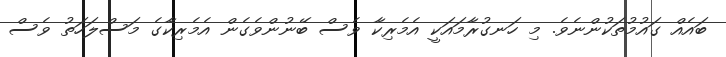
ބައެއް ގައުމުތަކުންނެވެ. މި ހަނގުރާމައަކީ އެމެރިކާ ވެސް ބޭނުންވެގެން އެމެރިކާގެ މަސްލަހަތު ވެސް